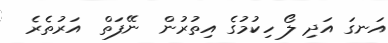
އަނގަ އަދި ލޯ ހިކުމުގެ އިތުރުން  ނޭފަތް  އަރުތެރެ